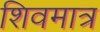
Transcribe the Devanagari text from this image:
शिवमात्र